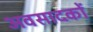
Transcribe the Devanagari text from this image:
अवसादकों